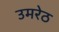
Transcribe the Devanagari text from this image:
उमरेठ